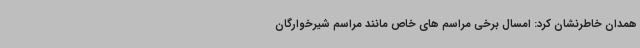
همدان خاطرنشان کرد: امسال برخی مراسم های خاص مانند مراسم شیرخوارگان